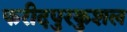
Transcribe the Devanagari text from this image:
फरीदपुरकुशल